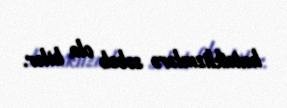
kataklizmlərə səbəb ola bilər.